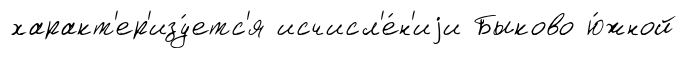
характ'ер'изу́етс'я исчисл'е́н'иjи Быково ю́жной